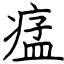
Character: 𤷪